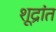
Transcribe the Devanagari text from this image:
शूद्रांत